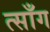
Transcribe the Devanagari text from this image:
त्साँग